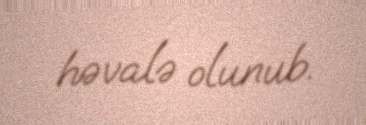
həvalə olunub.